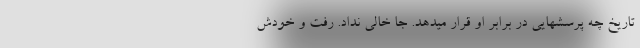
تاریخ چه پرسشهایی در برابر او قرار میدهد. جا خالی نداد. رفت و خودش